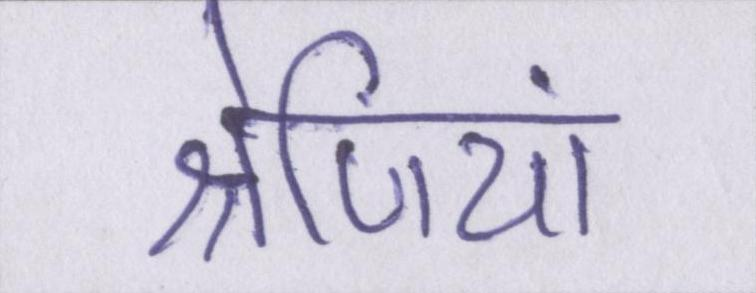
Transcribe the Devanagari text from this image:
श्रेणियां